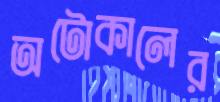
অটোকালের